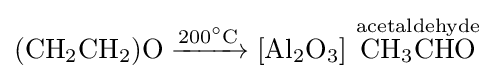
{(\mathrm {CH} {\vphantom {A}}_{\smash[{t}]{2}}\mathrm {CH} {\vphantom {A}}_{\smash[{t}]{2}})\mathrm {O} {}\mathrel {\xrightarrow {200{\vphantom {A}}^{\circ }\mathrm {C} } } {}[\mathrm {Al} {\vphantom {A}}_{\smash[{t}]{2}}\mathrm {O} {\vphantom {A}}_{\smash[{t}]{3}}]~{\overset {\mathrm {acetaldehyde} }{\mathrm {CH} {\vphantom {A}}_{\smash[{t}]{3}}\mathrm {CHO} }}}